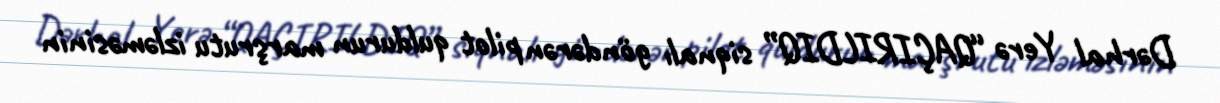
Dərhal Yerə “QAÇIRILDIQ” siqnalı göndərən pilot quldurun marşrutu izləməsinin